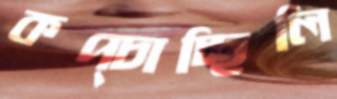
কপ্‌চাচ্ছিলি